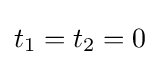
t_{1}=t_{2}=0